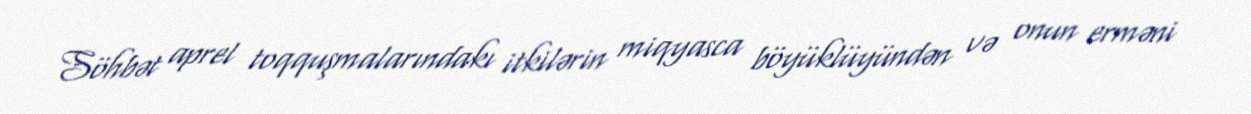
Söhbət aprel toqquşmalarındakı itkilərin miqyasca böyüklüyündən və onun erməni